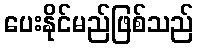
ပေးနိုင်မည်ဖြစ်သည်